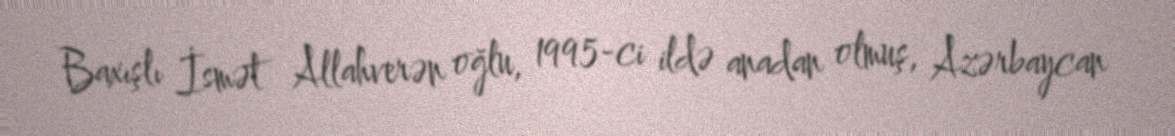
Baxışlı İsmət Allahverən oğlu, 1995-ci ildə anadan olmuş, Azərbaycan